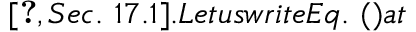
\cite [ S e c . ~ 1 7 . 1 ] { S i e g m a n } . L e t u s w r i t e E q . ~ ( ) a t